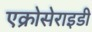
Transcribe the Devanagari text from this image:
एक्रोसेराइडी